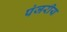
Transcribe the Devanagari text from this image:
पंजरीय